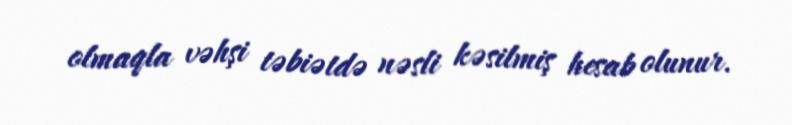
olmaqla vəhşi təbiətdə nəsli kəsilmiş hesab olunur.